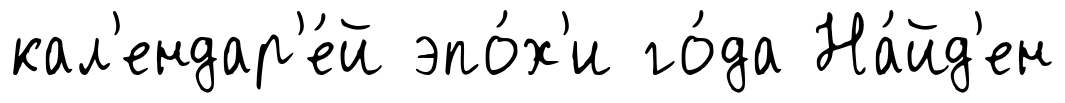
кал'ендар'е́й эпо́х'и го́да На́йд'ен